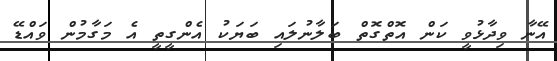
އޭނާ ވިދާޅުވީ ކަން އޮތްގޮތް ބަލާނުލައި ބަޔަކު އެންގީތީ އެ މަގާމުން ވައްޑޭ